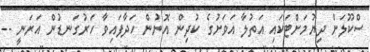
ސްކޫލަށް ދިޔުމަށްޓަކައި އަތުލާ އަވަށުގެ ކުދިން އޮނުން ހަދާފައިވާ ހަރުގަނޑުން އަރަނީ --